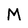
Character: M